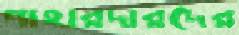
পাহারদারদের